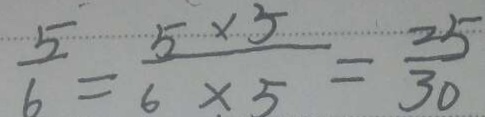
\frac { 5 } { 6 } = \frac { 5 \times 5 } { 6 \times 5 } = \frac { 2 5 } { 3 0 }